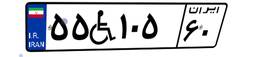
۷۷W۹۲۲۹۷